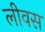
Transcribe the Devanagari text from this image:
लीवस